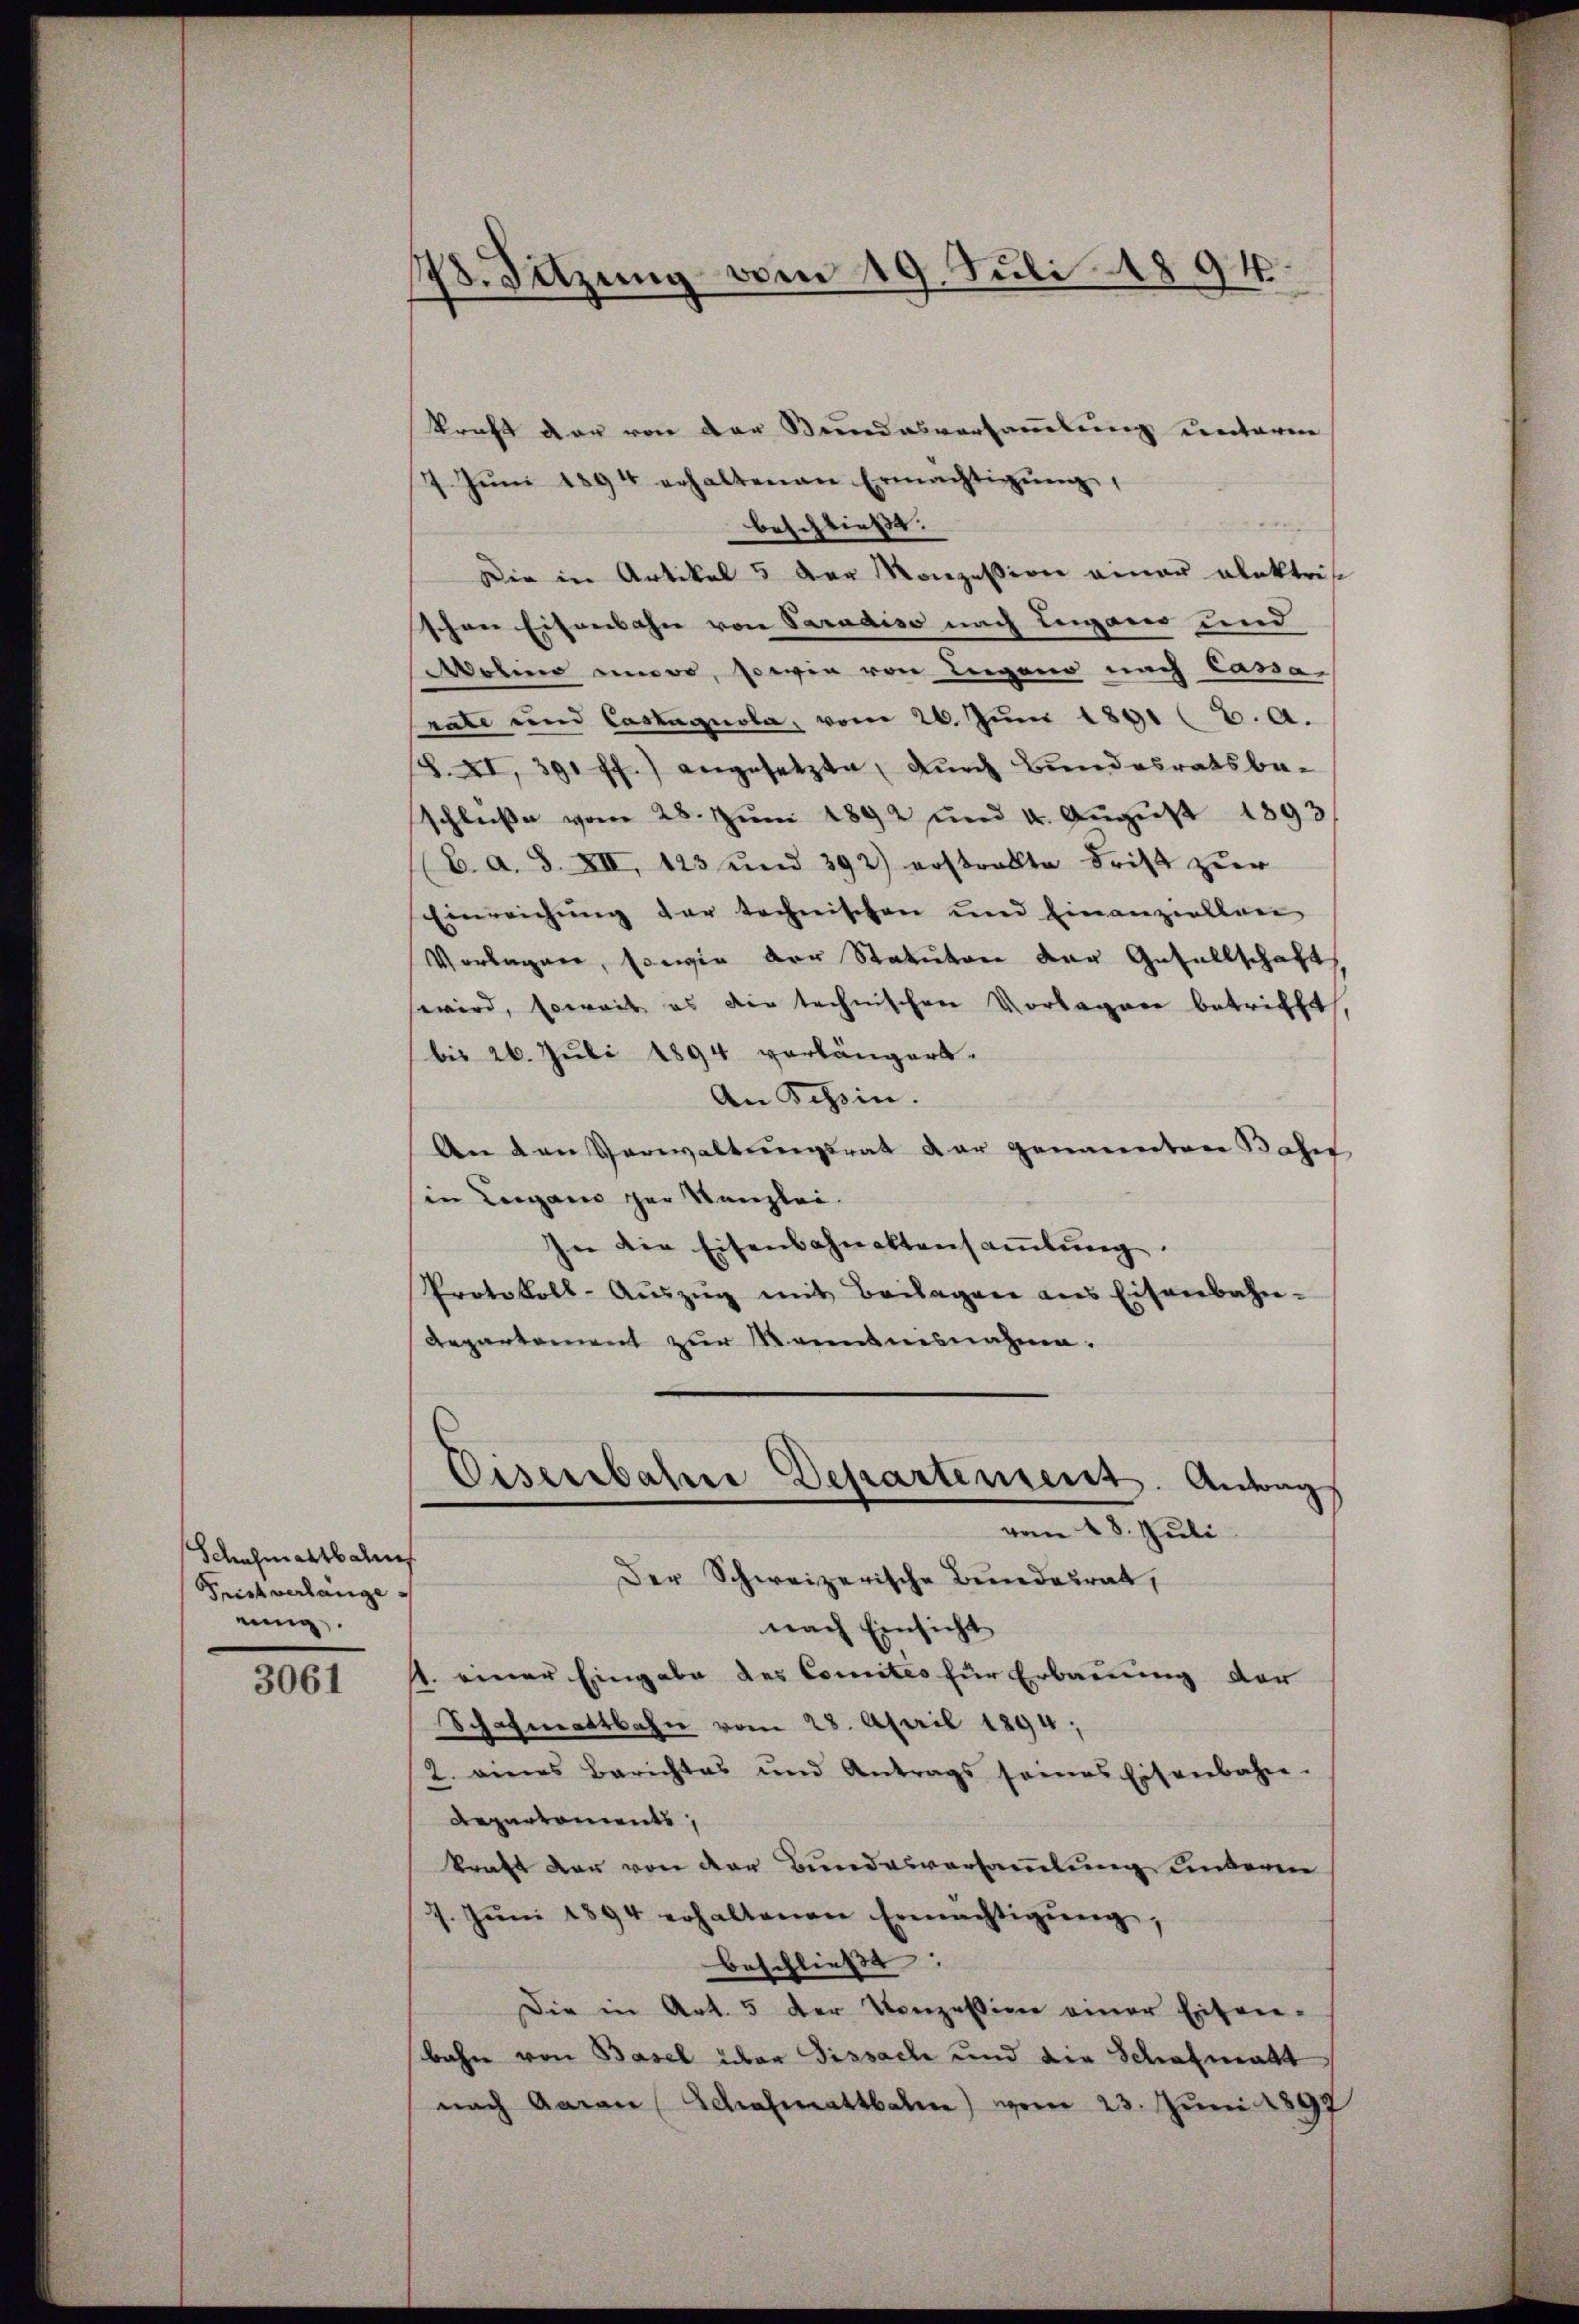
Schuhmattbahns
Fristverlange
eing

3061

178. Sitzung vom 19. Juli 1894

kraft der von der Beundesversammlung unterne
7. Jŭni 1894 erhaltenen Ermächtigŭng,
beschließt:
Die in Artikel 5 der Konzession einer alektris
schen Eisenbahn von Saradiso nach Lugano und
Wohin aner, sowie von Lugano nach Cassa
rate und Castagnola, vom 26. Juni 1891 (6. A.
8. XI, 391 ff.) angesetzen, durch Bundesratsbeschlŭβe vom 28. Jŭni 1892 und 4. Aŭgŭst 1893
(B. a. S. XII, 123 und 392) erstrakte Frist zur
Einreichung der technischen und Einanziellen
Vorlagen, sowie der Statuten der Gesellschaft
wird, soweit es die technischen Vorlagere betrifft
bis 26. Juli 1894 vorlängert.
An Schin.
An den Verwaltungsrat der genannten Basis
in Lugano per Kanzlei.
In die Eisenbahnaktensammlung
Protokoll-Aŭszŭg mit Beilagen ans Eisenbahn-
Repartement zur Kenntnisnahme.

nach Einsicht
1. einer Eingabe des Comites für Erbauung der
Schafmattbahn vom 28. April 1894;
2. eines Berichtes und Antrags seines Eisenbahn-
Repartements,
kraft der von der Bundesversammlung unterne
7. Jŭni 1894 erhaltenen Ermächtigŭng.
beschließt:
Die in Art. 5 der Konzession einer Eisen-
bahn von Basel über Dissache und die Schafmatt
nach Aarau Schafmattbale) von 23. Juni 1897

Eisenbahre Departensent. Antrag
vom 18. Juli
Der Schweizerische Bundesrat,